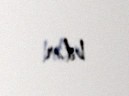
bilər.